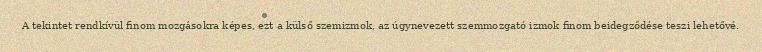
A tekintet rendkívül finom mozgásokra képes, ezt a külső szemizmok, az úgynevezett szemmozgató izmok finom beidegződése teszi lehetővé.